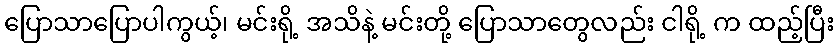
ပြောသာပြောပါကွယ့်၊ မင်းရို့ အသိနဲ့ မင်းတို့ ပြောသာတွေလည်း ငါရို့ က ထည့်ပြီး